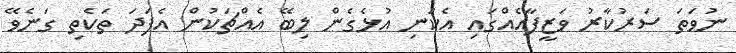
ނުވަތަ ސަރުކާރު ވަޒީފާއެއްގައި އެކަނި އުޅެގެން ލިބޭ އެއްޗަކުން އެފަދަ ތަކެތި ގަނެވޭ